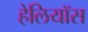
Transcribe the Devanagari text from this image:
हेलियॉस